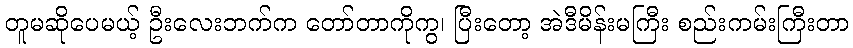
တူမဆိုပေမယ့် ဦးလေးဘက်က တော်တာကိုကွ၊ ပြီးတော့ အဲဒီမိန်းမကြီး စည်းကမ်းကြီးတာ